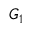
G _ { 1 }